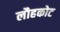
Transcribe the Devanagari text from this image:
लौहकोट